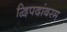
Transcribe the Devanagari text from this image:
द्विपदांबरम्